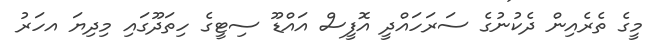
މީގެ ތެރެއިން ދެކުނުގެ ސަރަހައްދީ އޮފީސް އައްޑޫ ސިޓީގެ ހިތަދޫގައި މިދިޔަ އހަރު